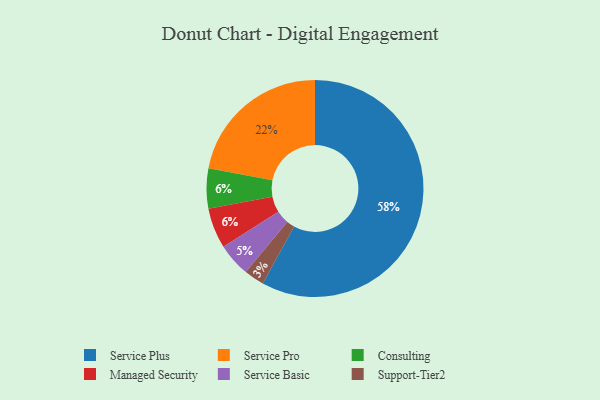
{"axis": {"x": "Category", "y": "Percentage"}, "legend": ["Consulting", "Managed Security", "Service Basic", "Service Plus", "Service Pro", "Support-Tier2"], "data": [{"x": "Service Basic", "y": 5, "type": "Service Basic"}, {"x": "Service Pro", "y": 22, "type": "Service Pro"}, {"x": "Service Plus", "y": 58, "type": "Service Plus"}, {"x": "Consulting", "y": 6, "type": "Consulting"}, {"x": "Managed Security", "y": 6, "type": "Managed Security"}, {"x": "Support-Tier2", "y": 3, "type": "Support-Tier2"}]}